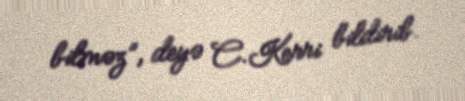
bilməz”, deyə C.Kerri bildirib.